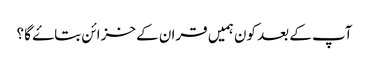
آپ کے بعد کون ہمیں قران کے خزائن بتاۓ گا ؟